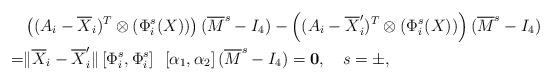
LaTeX: \begin{align*}&\left( (A_i-\overline{X}_i)^T\otimes( \Phi^{s}_i(X)) \right) (\overline{M}^s -I_4) - \left( (A_i-\overline{X}'_i)^T\otimes( \Phi^{s}_i(X)) \right) (\overline{M}^s -I_4) \\=&\| \overline{X}_i - \overline{X}'_i \| \left[ \Phi^{s}_i, \Phi^{s}_i \right] ~ \left[\alpha_1,\alpha_2\right] (\overline{M}^s -I_4) = \mathbf{ 0}, ~~~ s=\pm,\end{align*}